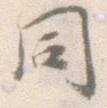
同